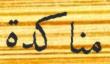
مناكدة